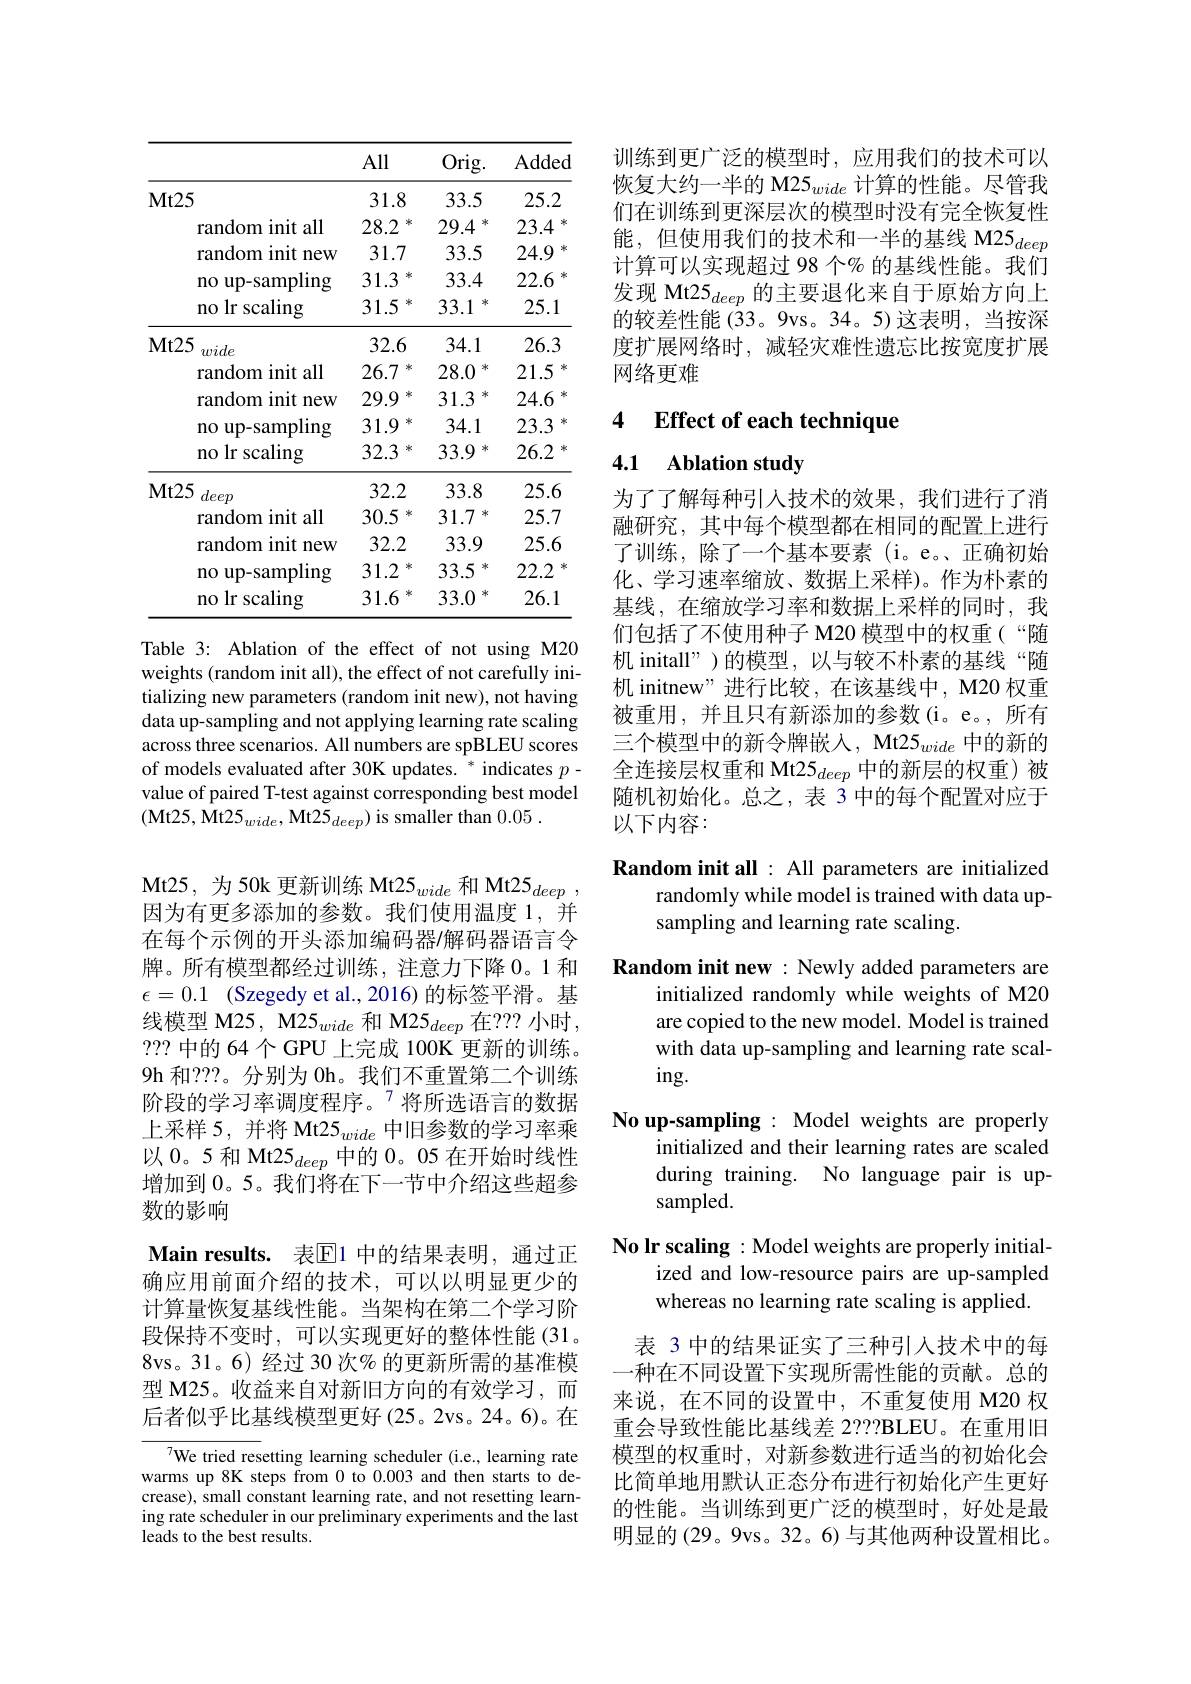
<table>
	<tbody>
		<tr>
			<th> </th>
			<th>All</th>
			<th>Orig.</th>
			<th>Added</th>
		</tr>
		<tr>
			<td>$Mt25$</td>
			<td>31.8</td>
			<td>33.5</td>
			<td>25.2</td>
		</tr>
		<tr>
			<td>random init all</td>
			<td>28.2</td>
			<td>29.4 1</td>
			<td>23.4</td>
		</tr>
		<tr>
			<td>random init new</td>
			<td>31.7</td>
			<td>33.5</td>
			<td>24.9</td>
		</tr>
		<tr>
			<td>up- sampling no</td>
			<td>31.3</td>
			<td>33.4</td>
			<td>22.6</td>
		</tr>
		<tr>
			<td>no lr scaling</td>
			<td>31.5 X</td>
			<td>33.1 Y</td>
			<td>25.1</td>
		</tr>
		<tr>
			<td>$Mt25$ wide</td>
			<td>32.6</td>
			<td>34.1</td>
			<td>26.3</td>
		</tr>
		<tr>
			<td>random init all</td>
			<td>26.7</td>
			<td>28.0</td>
			<td>21.5</td>
		</tr>
		<tr>
			<td>random init new</td>
			<td>29.9</td>
			<td>31.3</td>
			<td>24.6</td>
		</tr>
		<tr>
			<td>no up-sampling</td>
			<td>31.9</td>
			<td>34.1</td>
			<td>23.3</td>
		</tr>
		<tr>
			<td>no lr scaling</td>
			<td>32.3</td>
			<td>33.9 1</td>
			<td>26.2</td>
		</tr>
		<tr>
			<td>$Mt25$ deep</td>
			<td>32.2</td>
			<td>33.8</td>
			<td>25.6</td>
		</tr>
		<tr>
			<td>random init all</td>
			<td>30.5</td>
			<td>31.7</td>
			<td>25.7</td>
		</tr>
		<tr>
			<td>random init new</td>
			<td>32.2</td>
			<td>33.9</td>
			<td>25.6</td>
		</tr>
		<tr>
			<td>up-sampling $n0$ 1</td>
			<td>31.2</td>
			<td>33.5</td>
			<td>22.2</td>
		</tr>
		<tr>
			<td>no lr scaling</td>
			<td>31.6</td>
			<td>33.0</td>
			<td>26.1</td>
		</tr>
	</tbody>
</table>

Table 3: Ablation of the effect of not using M20 weights (random init all), the effect of not carefully initializing new parameters (random init new), not having data up-sampling and not applying learning rate scaling across three scenarios. All numbers are spBLEU scores of models evaluated after 30K updates. * indicates $p-$ value of paired T-test against corresponding best model (Mt25, Mt25$_wide$, Mt25$_deep)$ is smaller than 0.05.

Mt25,为50k 更新训练 Mt25$_wide$和 Mt25$_deep$, 因为有更多添加的参数。我们使用温度 1,并在每个示例的开头添加编码器/解码器语言令牌。所有模型都经过训练，注意力下降0。1 和$\epsilon = 0. 1$ (Szegedy et al.,2016)的标签平滑。基线模型 M25, M25$_wide$和 M25$_deep$在？?? 小时， 2??中的 64 个 GPU 上完成 100K 更新的训练。9h 和？??。分别为 0h。我们不重置第二个训练阶段的学习率调度程序。$^{7}$将所选语言的数据上采样 5, 并将 Mt25$_{wide}$中旧参数的学习率乘以 0。5 和 Mt25$_deep$中的 0。05 在开始时线性增加到 0。5。我们将在下一节中介绍这些超参数的影响
Main results. 表$\overline{\mathbb{E}}$1 中的结果表明，通过正确应用前面介绍的技术，可以以明显更少的计算量恢复基线性能。当架构在第二个学习阶段保持不变时，可以实现更好的整体性能(31。8vs。31。6) 经过 30 次% 的更新所需的基准模型 M25。收益来自对新旧方向的有效学习，而后者似乎比基线模型更好(25。2vs。24。6)。在
${\overline{{^7}\text{We tried res}}}$etting learning scheduler (i.e., learning rate

warms up 8K steps from 0 to 0.003 and then starts to decrease), small constant learning rate, and not resetting learning rate scheduler in our preliminary experiments and the last leads to the best results.

训练到更广泛的模型时，应用我们的技术可以恢复大约一半的 M25$_{wide}$计算的性能。尽管我们在训练到更深层次的模型时没有完全恢复性能，但使用我们的技术和一半的基线 M25$_{deep}$ 计算可以实现超过 98 个% 的基线性能。我们发现 Mt25$_{deep}$的主要退化来自于原始方向上的较差性能(33。9vs。34。5)这表明，当按深度扩展网络时，减轻灾难性遗忘比按宽度扩展网络更难

### 4 $\textbf{Effect of each technique}$

### 4.1 Ablation study

为了了解每种引人技术的效果，我们进行了消融研究，其中每个模型都在相同的配置上进行了训练，除了一个基本要素(i。e。正确初始化、学习速率缩放、数据上采样)。作为朴素的基线，在缩放学习率和数据上采样的同时，我们包括了不使用种子 M20 模型中的权重(“随机 initall")的模型，以与较不朴素的基线“随机 initnew" 进行比较，在该基线中，M20 权重被重用，并且只有新添加的参数(i。e。,所有三个模型中的新令牌嵌入，Mt25$_wide$中的新的全连接层权重和 Mt25$_{deep}$中的新层的权重)被随机初始化。总之，表 3 中的每个配置对应于以下内容：

Random init all : All parameters are initialized
randomly while model is trained with data up-
sampling and learning rate scaling.

Random init new : Newly added parameters are
initialized randomly while weights of M20 are copied to the new model. Model is trained with data up-sampling and learning rate scal- $ing.$
No up-sampling: Model weights are properly
initialized and their learning rates are scaled during training. No language pair is upsampled.

No Ir scaling : Model weights are properly initial-
ized and low-resource pairs are up-sampled
whereas no learning rate scaling is applied.

表 3 中的结果证实了三种引入技术中的每一种在不同设置下实现所需性能的贡献。总的来说，在不同的设置中，不重复使用 M20 权重会导致性能比基线差 2???BLEU。在重用旧模型的权重时，对新参数进行适当的初始化会比简单地用默认正态分布进行初始化产生更好的性能。当训练到更广泛的模型时，好处是最明显的(29。9vs。32。6) 与其他两种设置相比。